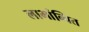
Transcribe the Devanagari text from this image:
लाभांन्वित